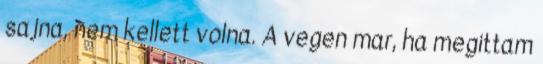
sajna, nem kellett volna. A vegen mar, ha megittam